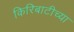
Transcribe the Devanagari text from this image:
किरिबाटीच्या